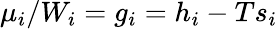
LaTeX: \mu_{i}/W_{i}=g_{i}=h_{i}-Ts_{i}